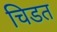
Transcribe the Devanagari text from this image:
चिडत